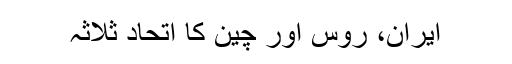
ایران، روس اور چین کا اتحاد ثلاثہ